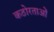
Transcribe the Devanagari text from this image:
कठोरताओं